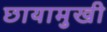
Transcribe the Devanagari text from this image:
छायामुखी